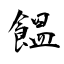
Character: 饂